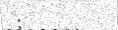
: